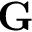
\mathbf { G }